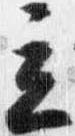
立